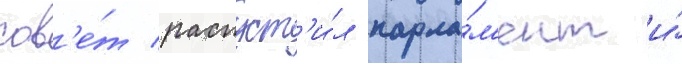
сов'е́т распуст'и́л парла́м'ент и́